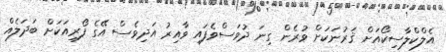
އެލްކްލާސިކޯއަށް ޤަރުނަކަށް ވުރެން ގިނަ ދުވަސްވެފައި ވާއިރު އަދިވެސް އޭގެ ފޯރިއަކަށް ބަދަލެއް